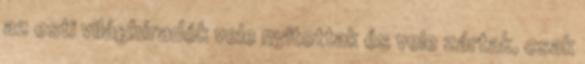
az esti világhíradók vele nyitottak és vele zártak, csak